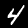
Label: 4